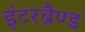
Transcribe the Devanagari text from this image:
इंटरब्रैण्ड